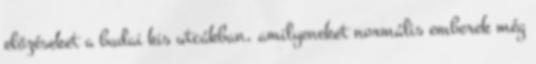
előzéseket a budai kis utcákban, amilyeneket normális emberek még